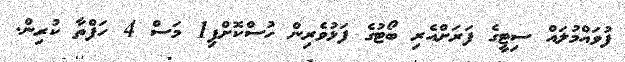
ފުވައްމުލައް ސިޓީގެ ފަރަށްއެރި ބޯޓުގެ ފަޅުވެރިން ހުސްކޮށްފި1 މަސް 4 ހަފްތާ ކުރިން.